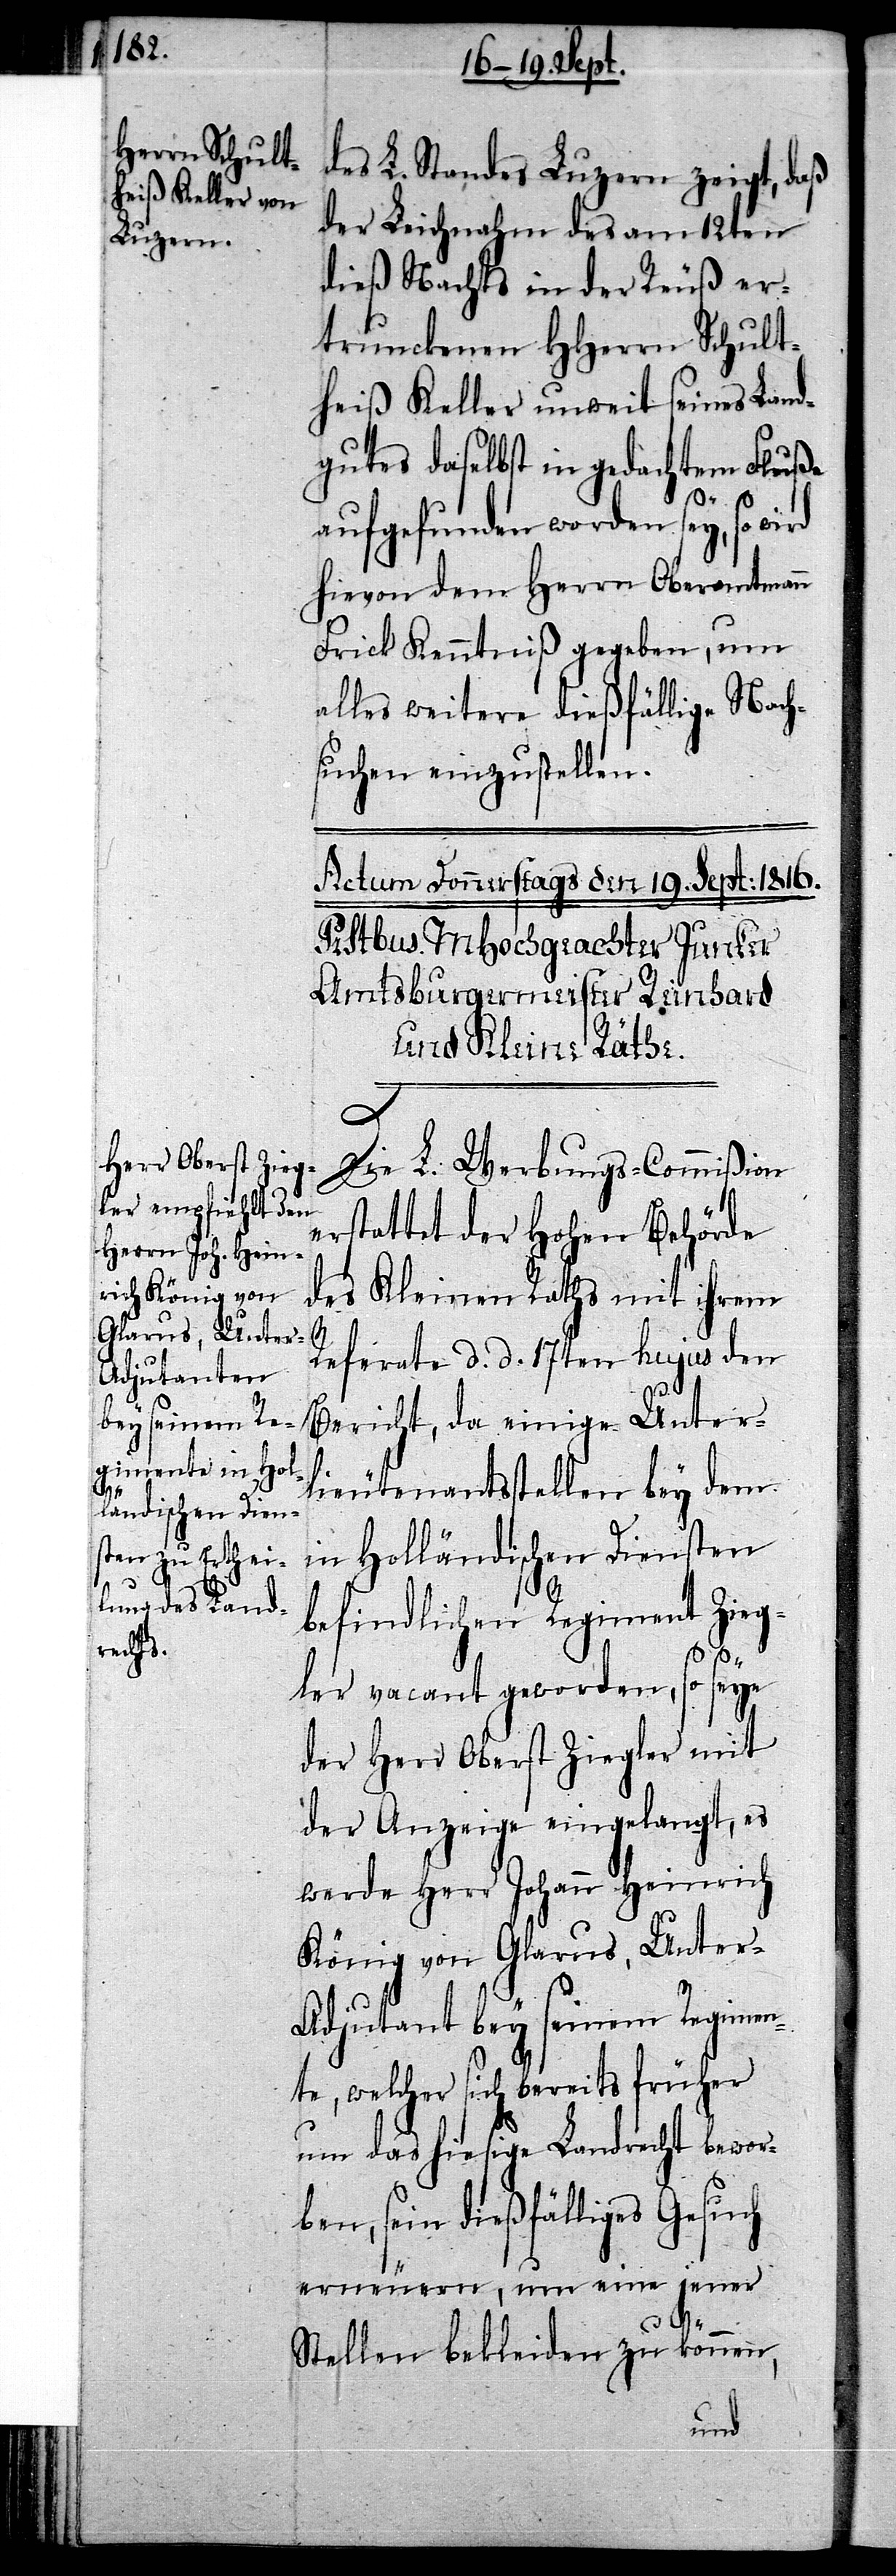
des L. Standes Luzern zeigt, daß
der Leichnahm des am 12ten
Nachts in der Reuß er¬
trunckenen HHerrn Schult¬
heiß Keller unweit seines Land¬
gutes daselbst in gedachtem Fluße
aufgefunden worden sey, so
hievon dem Herrn Oberamtmann
Frick Kenntniß gegeben, um
alles weitere dießfällige Nach¬
suchen einzustellen.
Die L. Werbungs-Commißion
erstattet der Hohen Behörde
des Kleinen Raths mit ihrem
Referate d. d. 17ten hujus den
Bericht, da einige Unter¬
lieutenantsstellen bey dem
in Holländischen Diensten
befindlichen Regiment Zieg¬
ler vacant geworden, so seye
der Herr Oberst Ziegler mit
der Anzeige eingelangt, es
werde Herr Johann Heinrich
König von Glarus, Unter-A¬
djutant bey seinem Regimen¬
te, welcher sich bereits früher
um das hiesige Landrecht bewor¬
ben, sein dießfälliges Gesuch
erneuern, um eine jener
Stellen bekleiden zu können,